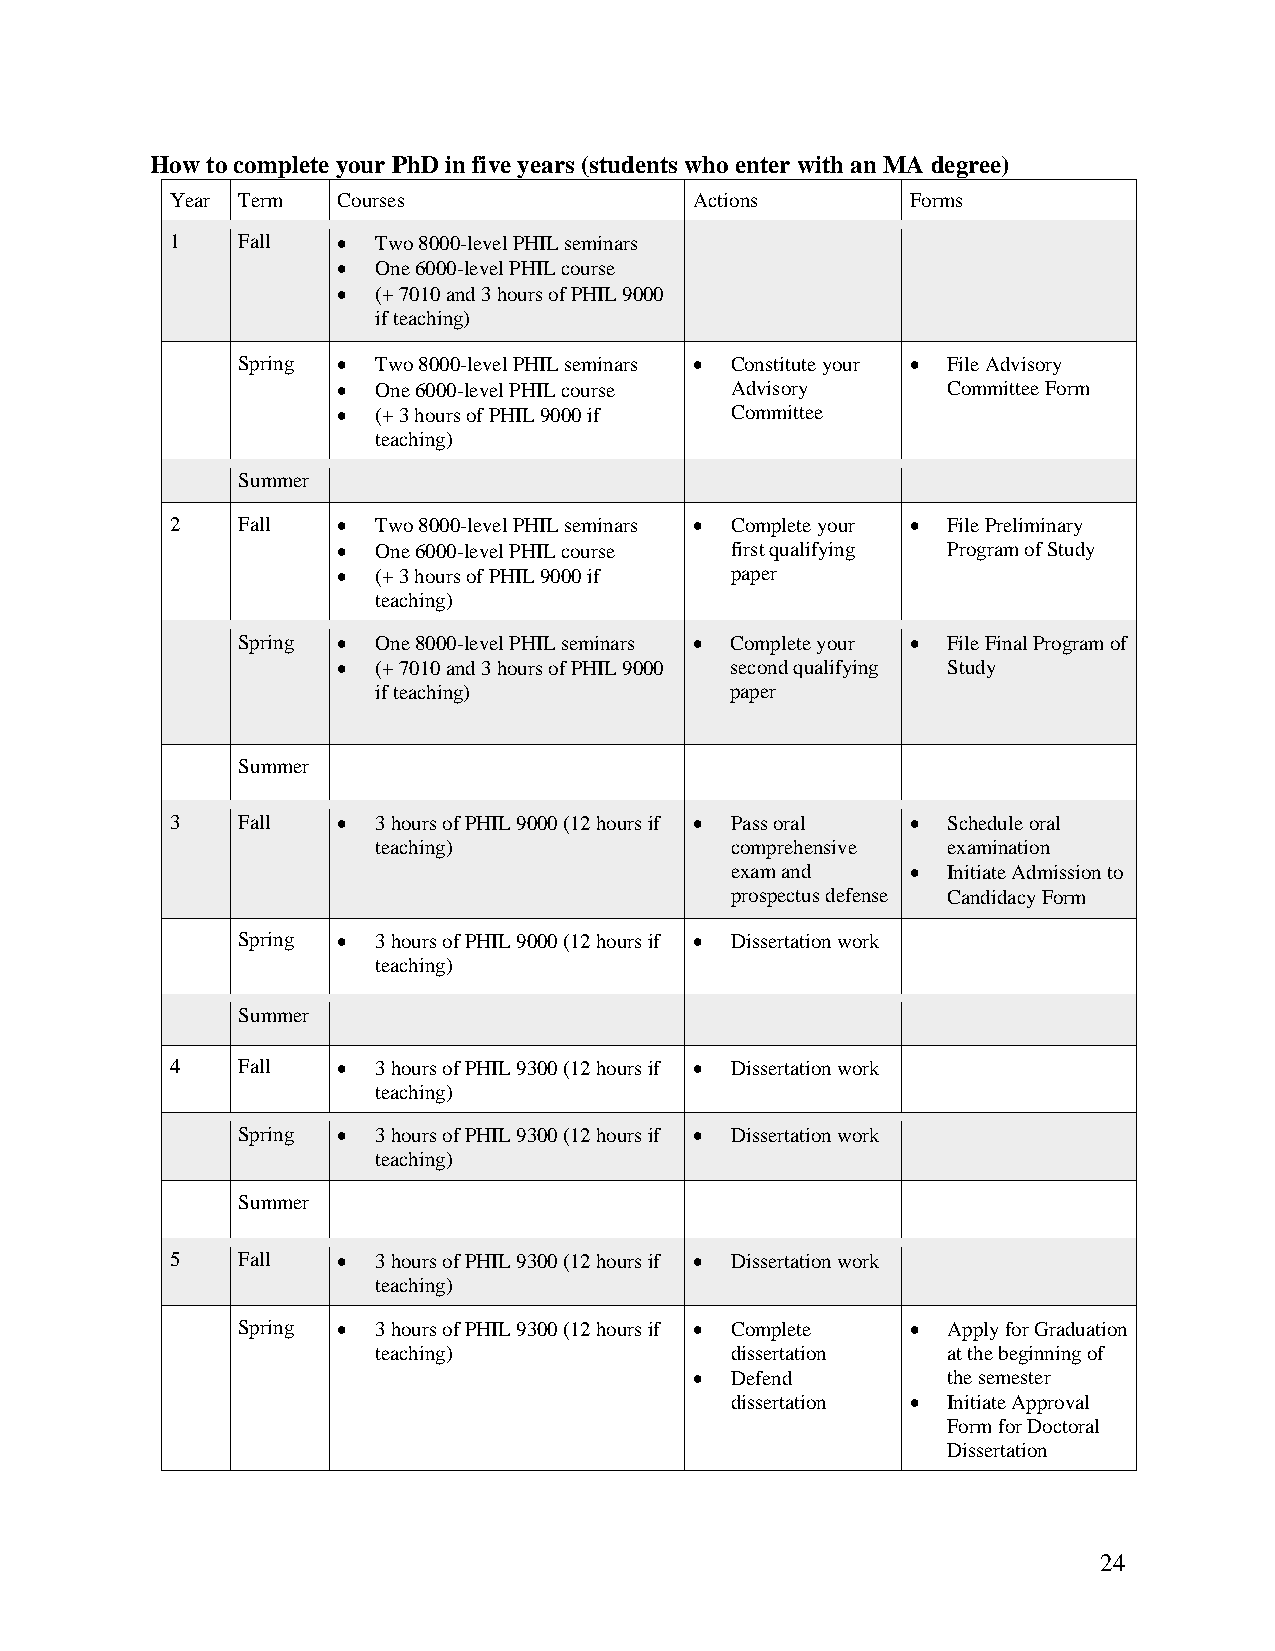
How to complete your PhD in five years (students who enter with an MA degree)
 Year Term  Courses                 Actions       Forms
 1    Fall  •  Two 8000-level PHIL seminars
 •  One 6000-level PHIL course
 •  (+ 7010 and 3 hours of PHIL 9000
 if teaching)
 Spring • Two 8000-level PHIL seminars • Constitute your • File Advisory
 •  One 6000-level PHIL course Advisory   Committee Form
 •  (+ 3 hours of PHIL 9000 if Committee
 teaching)
 Summer
 2    Fall  •  Two 8000-level PHIL seminars • Complete your • File Preliminary
 •  One 6000-level PHIL course first qualifying Program of Study
 •  (+ 3 hours of PHIL 9000 if paper
 teaching)
 Spring • One 8000-level PHIL seminars • Complete your • File Final Program of
 •  (+ 7010 and 3 hours of PHIL 9000 second qualifying Study
 if teaching)           paper
 Summer
 3    Fall  •  3 hours of PHIL 9000 (12 hours if • Pass oral • Schedule oral
 teaching)              comprehensive  examination
 exam and    •  Initiate Admission to
 prospectus defense Candidacy Form
 Spring • 3 hours of PHIL 9000 (12 hours if • Dissertation work
 teaching)
 Summer
 4    Fall  •  3 hours of PHIL 9300 (12 hours if • Dissertation work
 teaching)
 Spring • 3 hours of PHIL 9300 (12 hours if • Dissertation work
 teaching)
 Summer
 5    Fall  •  3 hours of PHIL 9300 (12 hours if • Dissertation work
 teaching)
 Spring • 3 hours of PHIL 9300 (12 hours if • Complete • Apply for Graduation
 teaching)              dissertation   at the beginning of
 • Defend         the semester
 dissertation • Initiate Approval
 Form for Doctoral
 Dissertation
 24